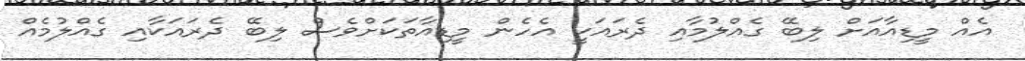
އެއް މީޑިއާއަށް ލިބޭ ގެއްލުމާއި ދެރައަކީ އެހެން މީޑިއާތަކަށްވެސް ލިބޭ ދެރައަކާއި ގެއްލުމެއް